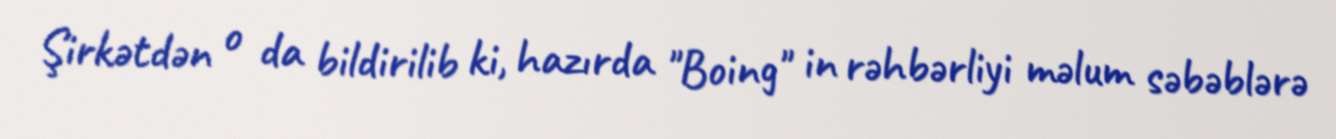
Şirkətdən o da bildirilib ki, hazırda "Boing" in rəhbərliyi məlum səbəblərə